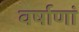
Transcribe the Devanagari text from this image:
वर्षाणां